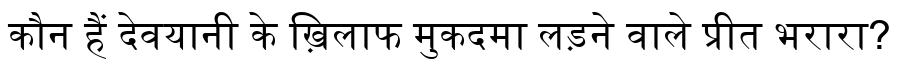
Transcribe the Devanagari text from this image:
कौन हैं देवयानी के ख़िलाफ मुकदमा लड़ने वाले प्रीत भरारा?